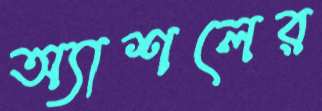
অ্যাশলের